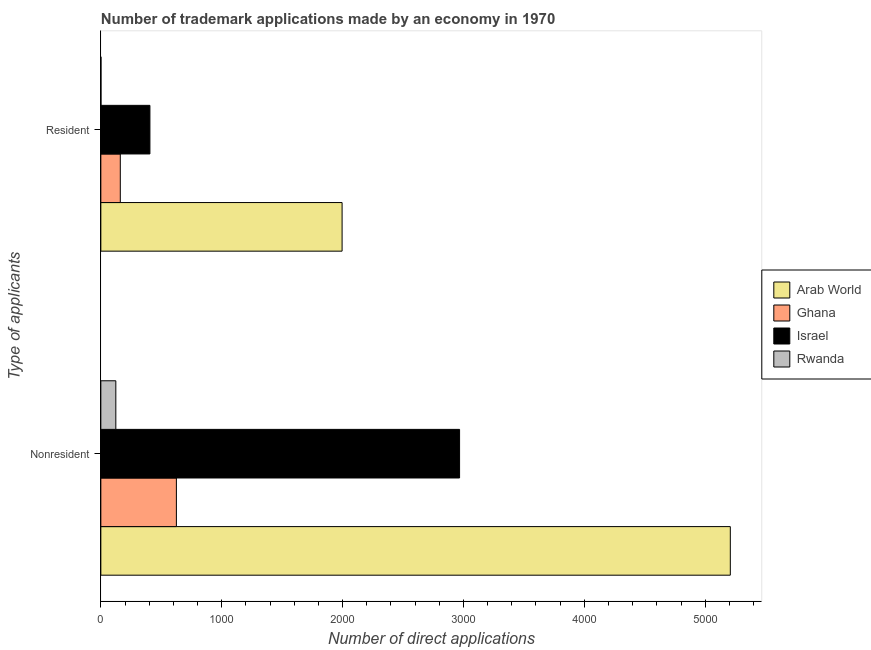
| Type of applicants | Arab World | Ghana | Israel | Rwanda |
 | --- | --- | --- | --- | --- |
 | Nonresident | 5.21e+03 | 625 | 2.97e+03 | 124 |
 | Resident | 2e+03 | 161 | 406 | 1 |